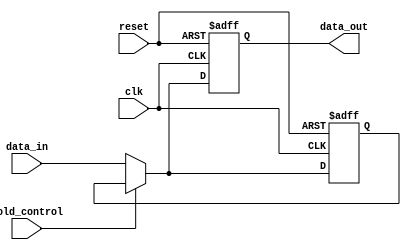
module hold_condition (
    input wire clk,                // Clock signal
    input wire reset,              // Reset signal
    input wire hold_control,       // Hold control signal
    input wire [WIDTH-1:0] data_in,// Data input
    output reg [WIDTH-1:0] data_out // Current state output
);
    parameter WIDTH = 8;           // Width of data inputs/outputs

    // Internal register to maintain current state
    reg [WIDTH-1:0] current_state;

    // Synchronous process
    always @(posedge clk or posedge reset) begin
        if (reset) begin
            // Reset the output to a known state
            data_out <= 0;
            current_state <= 0;
        end else begin
            if (hold_control) begin
                // Hold current state
                data_out <= current_state;
            end else begin
                // Update current state with new data inputs
                current_state <= data_in;
                data_out <= data_in;
            end
        end
    end

endmodule